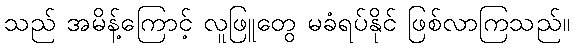
သည် အမိန့်ကြောင့် လူဖြူတွေ မခံရပ်နိုင် ဖြစ်လာကြသည်။